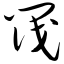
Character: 阀